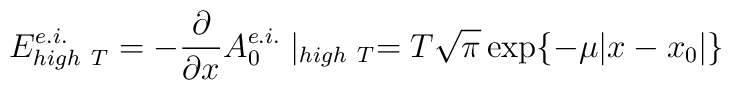
E^{e.i.}_{high~T} = -\frac{\partial}{\partial x} A_0^{e.i.}\mid_{high~T} =T\sqrt{\pi} \exp\{-\mu|x-x_0|\}